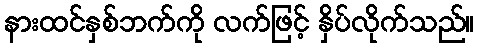
နားထင်နှစ်ဘက်ကို လက်ဖြင့် နှိပ်လိုက်သည်။